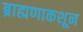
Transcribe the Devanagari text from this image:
ब्राह्मणाकशून